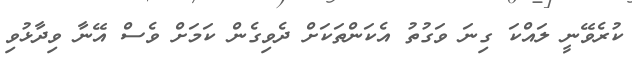
ކުރެވޭނީ ލައްކަ ގިނަ ވަގުތު އެކަންތަކަށް ދެވިގެން ކަމަށް ވެސް އޭނާ ވިދާޅުވި